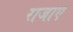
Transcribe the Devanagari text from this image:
राजाए